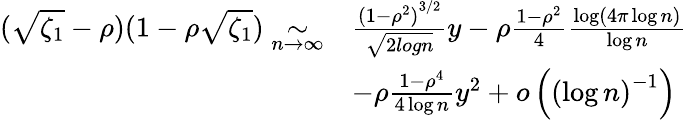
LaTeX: \begin{array}{rl}{(\sqrt{\zeta_{1}}-\rho)(1-\rho\sqrt{\zeta_{1}})\underset{n\to\infty}{\sim}}&{\frac{{(1-\rho^{2})}^{3/2}}{\sqrt{2logn}}y-\rho\frac{1-\rho^{2}}{4}\frac{\log\left(4\pi\log n\right)}{\log n}}\\ &{-\rho\frac{1-\rho^{4}}{4\log n}y^{2}+o\left({(\log n)}^{-1}\right)}\end{array}